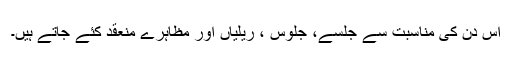
اس دن کی مناسبت سے جلسے، جلوس ، ریلیاں اور مظاہرے منعقد کئے جاتے ہیں۔